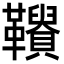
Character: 𩍾